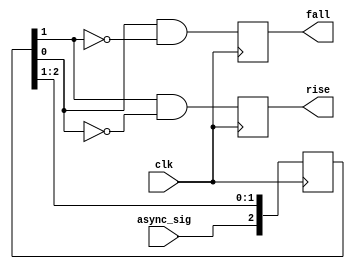
module edge_detect(
    input async_sig,
    input clk,
    output reg rise,
    output reg fall
);

reg [1:3] resync;

always @(posedge clk) begin
    rise <= resync[2] && !resync[3];
    fall <= resync[3] && !resync[2];
    resync <= { async_sig, resync[1:2] };
end

endmodule